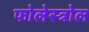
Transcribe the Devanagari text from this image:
फोलेस्त्रोल